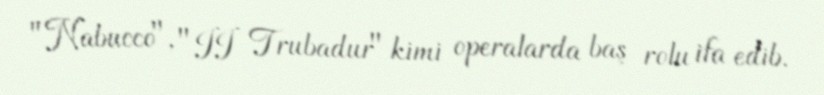
"Nabucco", "II Trubadur" kimi operalarda baş rolu ifa edib.